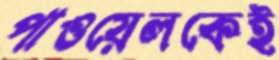
পাওয়েলকেই